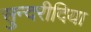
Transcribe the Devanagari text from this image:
सुन्दरीदिया